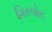
વિરપોર